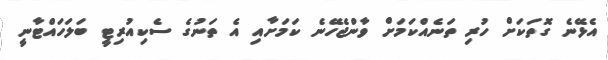
އެޅޭނެ ގޮތަކަށް ހުރި ތަނެއްކަމަށް ވާންޖެހޭނެ ކަމަށާއި އެ ތަނުގެ ސެކިއުރިޓީ ބަލަހައްޓާނީ